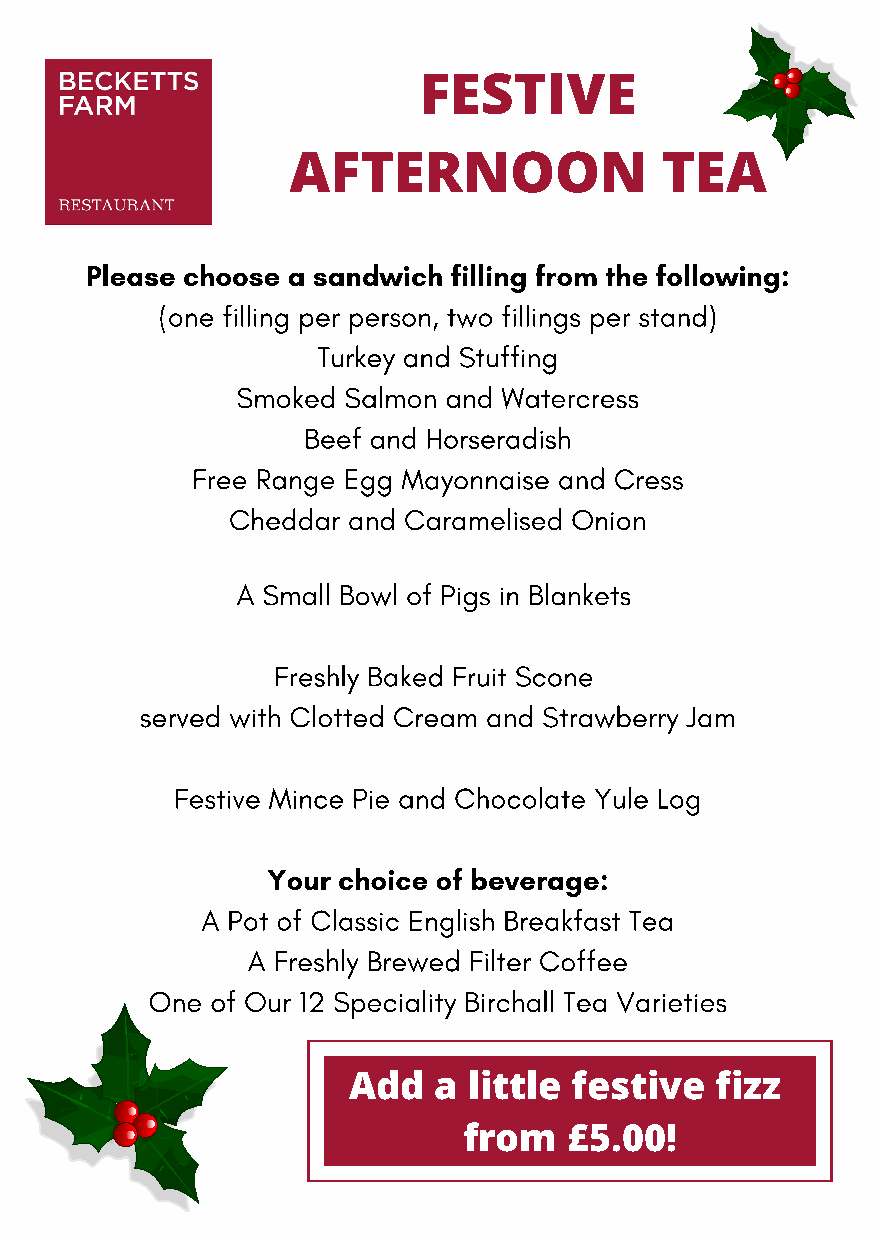
FESTIVE
 AFTERNOON                TEA
 Please choose a sandwich filling from the following:
 (one filling per person, two fillings per stand)
 Turkey and Stuffing
 Smoked Salmon and Watercress
 Beef and Horseradish
 Free Range Egg Mayonnaise and Cress
 Cheddar and Caramelised Onion
 A Small Bowl of Pigs in Blankets
 Freshly Baked Fruit Scone
 served with Clotted Cream and Strawberry Jam
 Festive Mince Pie and Chocolate Yule Log
 Your choice of beverage:
 A Pot of Classic English Breakfast Tea
 A Freshly Brewed Filter Coffee
 One of Our 12 Speciality Birchall Tea Varieties
 Add   a little festive  fizz
 from   £5.00!